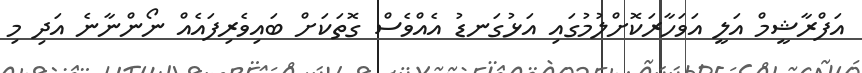
އަފްރާޝީމް އަލީ އަވަހާރަކޮށްލުމުގައި އަޅުގަނޑު އެއްވެސް ގޮތަކަށް ބައިވެރިފައެއް ނޯންނާނެ އަދި މި